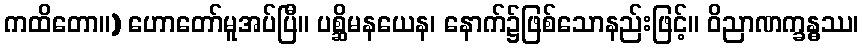
ကထိတော။) ဟောတော်မူအပ်ပြီ။ ပစ္ဆိမနယေန၊ နောက်၌ဖြစ်သောနည်းဖြင့်။ ဝိညာဏက္ခန္ဓဿ၊